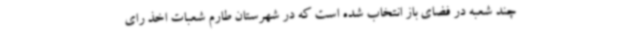
چند شعبه در فضای باز انتخاب شده است که در شهرستان طارم شعبات اخذ رای